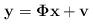
LaTeX: \begin{align*} \mathbf{y} = \mathbf{\Phi x} + \mathbf{v}\end{align*}